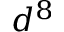
d ^ { 8 }